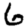
Digit: 6